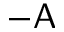
- \mathsf { A }